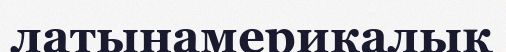
латынамерикалық